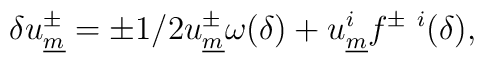
\delta  u^{\pm}_{\underline{m}} = \pm 1/2 u^{\pm}_{\underline{m}} \omega(\delta) + u^{i}_{\underline{m}} f^{\pm ~i} (\delta) ,